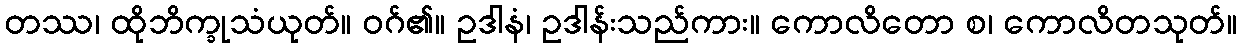
တဿ၊ ထိုဘိက္ခုသံယုတ်။ ဝဂ်၏။ ဥဒါနံ၊ ဥဒါန်းသည်ကား။ ကောလိတော စ၊ ကောလိတသုတ်။